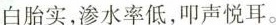
白胎实，渗水率低，叩声悦耳。